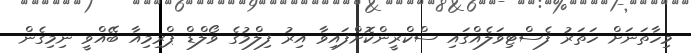
މިހާތަނަށް ހަތަރު ފެސްޓިވަލެއްގައި ސްކްރީންކޮށްފައިވާ އިރު ފިލްމުގެ ވޯލްޑް ޕްރިމިއާ ބޭއްވީ ނިމިގެން